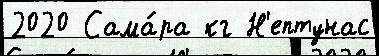
2020 Сама́ра кг Н'ептунас